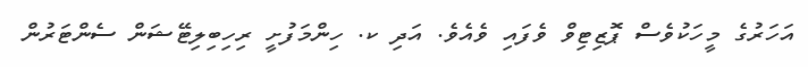
އަހަރުގެ މީހަކުވެސް ޕޮޒިޓިވް ވެފައި ވެއެވެ. އަދި ކ. ހިންމަފުށީ ރިހިބިލިޓޭޝަން ސެންޓަރުން